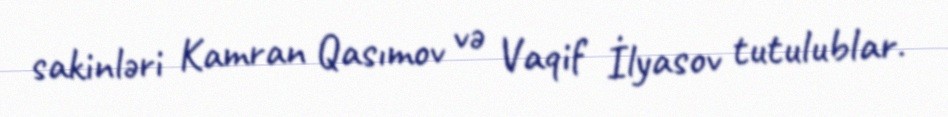
sakinləri Kamran Qasımov və Vaqif İlyasov tutulublar.